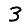
Digit: 3